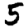
Digit: 5